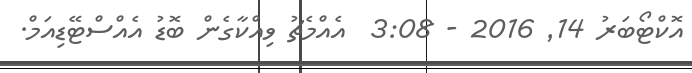
އޮކްޓޯބަރު 14